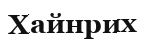
Хайнрих